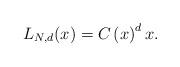
\begin{align*}L_{N,d}(x)=C\left( x\right) ^{d}x.\end{align*}